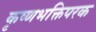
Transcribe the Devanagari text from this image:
कृष्णभक्तिपरक